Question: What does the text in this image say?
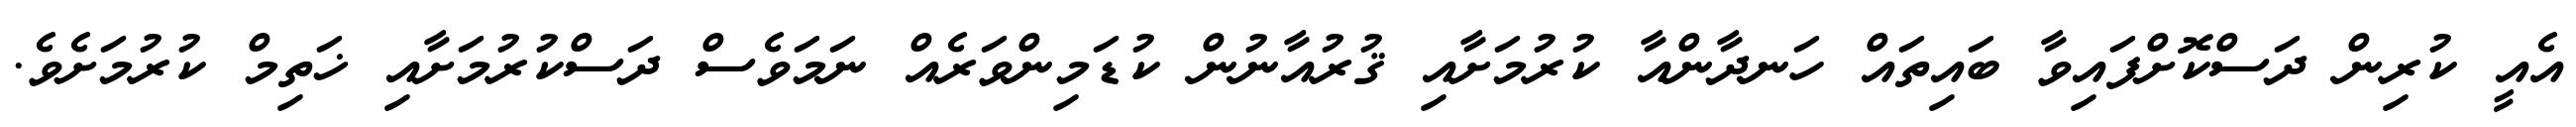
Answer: އެއީ ކުރިން ދަސްކޮށްފައިވާ ބައިތައް ހަނދާންއާ ކުރުމަށާއި ޤުރުއާނުން ކުޑަމިންވަރެއް ނަމަވެސް ދަސްކުރުމަށާއި ޚަތިމް ކުރުމަށެވެ.